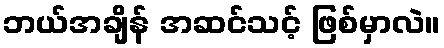
ဘယ်အချိန် အဆင်သင့် ဖြစ်မှာလဲ။